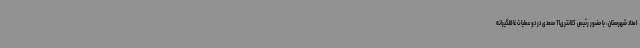
امداد شهرستان، با حضور رئیس کلانتری11 سعدی در دو عملیات غافلگیرانه